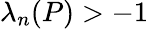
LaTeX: \lambda_{n}(P)>-1